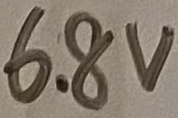
Text: 6.8V